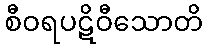
စီဝရပဋိဝီသောတိ